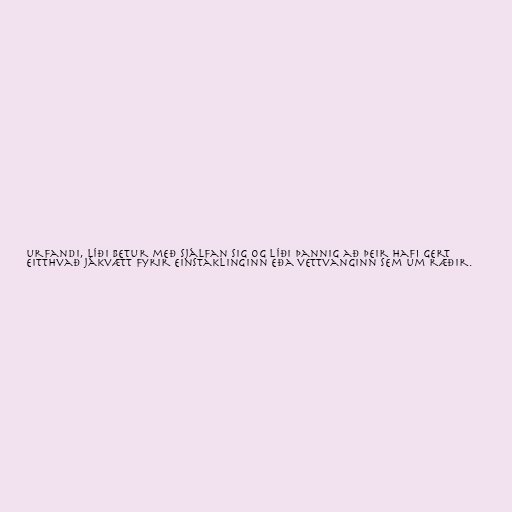
urfandi, líði betur með sjálfan sig og líði þannig að þeir hafi gert
eitthvað jákvætt fyrir einstaklinginn eða vettvanginn sem um ræðir.